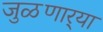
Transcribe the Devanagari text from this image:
जुळणार्‍या